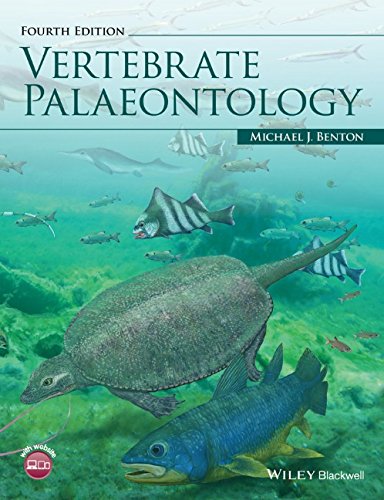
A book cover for Vertebrate Palaeontology; Michael Benton; Science & Math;